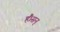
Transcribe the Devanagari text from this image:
हैं।सन्